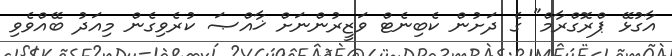
އާގުޅޭ ޕްރޮގްރާމް" ގެ ދަށުން ކެބިނެޓް ވަޒީރުންނަށް ޚާއްޞަ ކުރެވިގެން މިއަދު ބޭއްވެވި